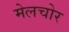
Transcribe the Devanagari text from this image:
मेलचोर